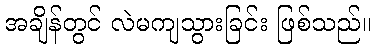
အချိန်တွင် လဲမကျသွားခြင်း ဖြစ်သည်။